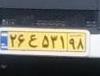
۲۶ع۵۳۱۹۸